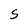
Character: S